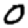
Digit: 0